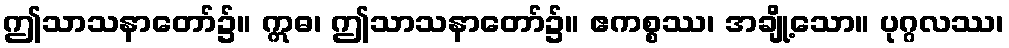
ဤသာသနာတော်၌။ ဣဓ၊ ဤသာသနာတော်၌။ ဧကစ္စဿ၊ အချို့သော။ ပုဂ္ဂလဿ၊